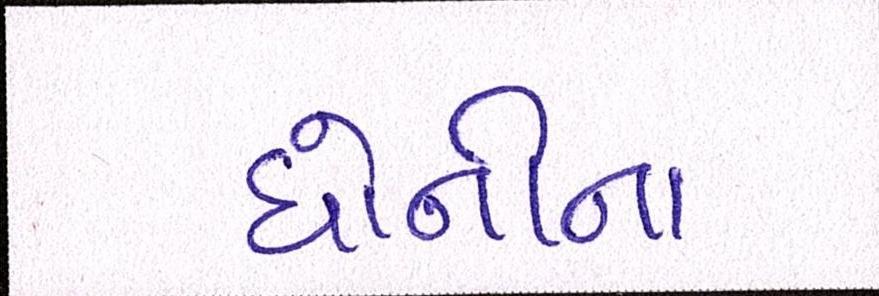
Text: ધોનીના